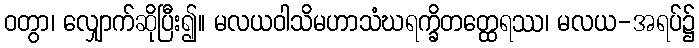
ဝတွာ၊ လျှောက်ဆိုပြီး၍။ မလယဝါသိမဟာသံဃရက္ခိတတ္ထေရဿ၊ မလယ-အရပ်၌